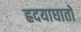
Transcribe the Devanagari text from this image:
ह्रदयाघातों